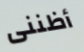
أظننى